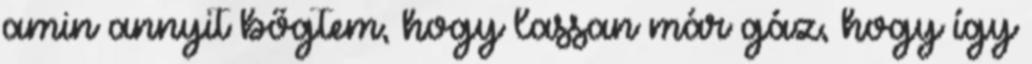
amin annyit bőgtem, hogy lassan már gáz, hogy így